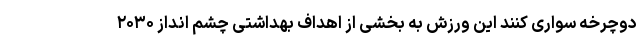
دوچرخه سواری کنند این ورزش به بخشی از اهداف بهداشتی چشم انداز ۲۰۳۰